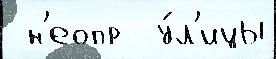
 н'еопр  у́л'ицы